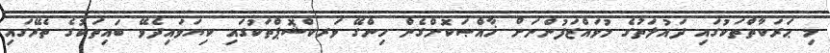
މި ޙަރަކާތްތަކުގައި ދައުލަތުގެ މުވައްޒަފުންނަށް ޚާއްޞަކޮށްގެން ހިންގޭ ވަރކްޝޮޕްތަކުގައި ކިޔަވައިދެވޭ ބައިތަކުގެ ތެރޭގައި